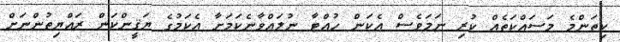
ކިތަންމެ މަސައްކަތެއް ކުރި ނަމަވެސް އެކަން ހުއްޓާ ނުލައްވާނެކަމަށާ އެކަމުގެ ޔަޤީންކަން ރައްޔިތުންނަށް